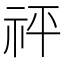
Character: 𥘴